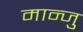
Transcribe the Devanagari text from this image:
मान्जु